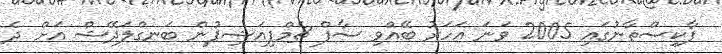
ޕާކިސްތާނުގައި 2005 ވަނަ އަހަރު ބޭއްވި ސާފްް ޗެމްޕިއަޝިޕުން ބަނގްލަދޭޝް އަށް ދެ